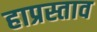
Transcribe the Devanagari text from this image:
हाप्रस्ताव